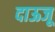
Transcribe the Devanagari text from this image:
दाऊजू